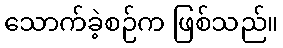
သောက်ခဲ့စဉ်က ဖြစ်သည်။